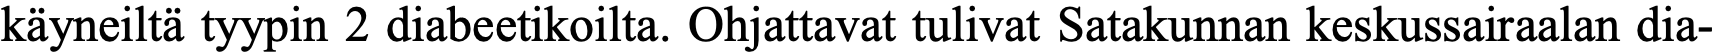
käyneiltä tyypin 2 diabeetikoilta. Ohjattavat tulivat Satakunnan keskussairaalan dia-